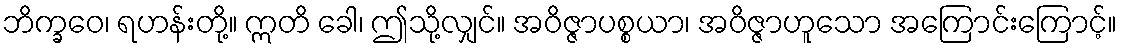
ဘိက္ခဝေ၊ ရဟန်းတို့။ ဣတိ ခေါ၊ ဤသို့လျှင်။ အဝိဇ္ဇာပစ္စယာ၊ အဝိဇ္ဇာဟူသော အကြောင်းကြောင့်။